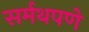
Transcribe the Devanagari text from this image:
सर्मथपणे